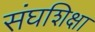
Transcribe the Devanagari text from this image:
संघशिक्षा